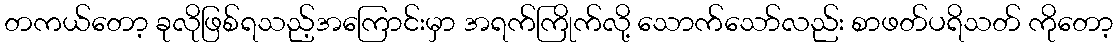
တကယ်တော့ ခုလိုဖြစ်ရသည့်အကြောင်းမှာ အရက်ကြိုက်လို့ သောက်သော်လည်း စာဖတ်ပရိသတ် ကိုတော့